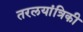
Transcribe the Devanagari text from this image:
तरलयांत्रिकी